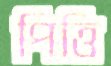
পিত্তি